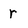
Character: r